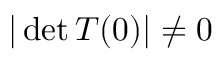
\vert \operatorname* { d e t } T ( 0 ) \vert \neq 0